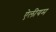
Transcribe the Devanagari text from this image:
ऐलीयम